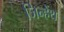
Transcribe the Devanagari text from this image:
जिन्हेंथ